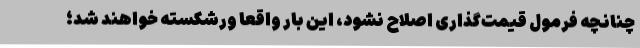
چنانچه فرمول قیمت‌گذاری اصلاح نشود، این بار واقعا ورشکسته خواهند شد؛